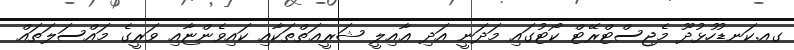
ގއ.ކަނޑުހުޅުދޫ މެޖިސްޓްރޭޓް ކޯޓުގައި މަދަނީ އަދި ޢާއިލީ ޝަރީޢަތްތަކާއި ކައިވެންޏާއި ވަރީގެ މައްސަލަތައް